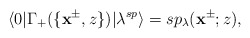
\begin{align*}\langle 0|\Gamma_+(\{\mathbf{x}^{\pm},z\})|\lambda^{sp}\rangle=sp_\lambda(\mathbf{x}^{\pm};z),\end{align*}